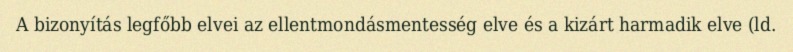
A bizonyítás legfőbb elvei az ellentmondásmentesség elve és a kizárt harmadik elve (ld.